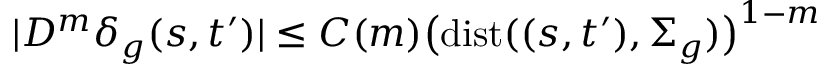
| D ^ { m } \delta _ { g } ( s , t ^ { \prime } ) | \leq C ( m ) \big ( \mathrm { d i s t } ( ( s , t ^ { \prime } ) , \Sigma _ { g } ) \big ) ^ { 1 - m }